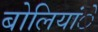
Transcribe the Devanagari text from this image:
बोलियांे